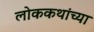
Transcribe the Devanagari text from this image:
लोककथांच्या